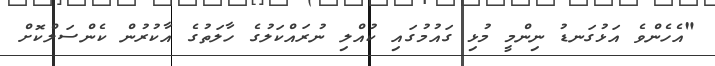
"އެހެންވެ އަޅުގަނޑު ނިންމީ މުޅި ގައުމުގައި ކުއްލި ނުރައްކަލުގެ ހާލަތުގެ އާކުރުން ކެންސަލްކޮށް